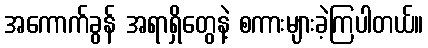
အကောက်ခွန် အရာရှိတွေနဲ့ စကားများခဲ့ကြပါတယ်။